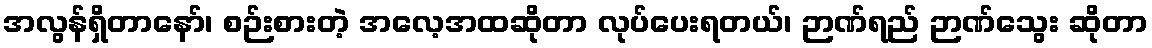
အလွန်ရှိတာနော်၊ စဉ်းစားတဲ့ အလေ့အထဆိုတာ လုပ်ပေးရတယ်၊ ဉာဏ်ရည် ဉာဏ်သွေး ဆိုတာ